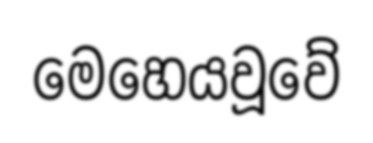
මෙහෙයවූවේ